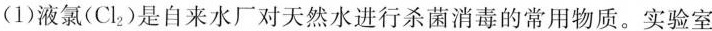
(1)液氯(Cl_{2})是自来水厂对天然水进行杀菌消毒的常用物质。实验室